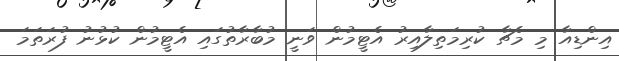
އިންޑިއާ މި މެޗާ ކުރިމަތިލާއިރު އެޓީމުން ވަނީ މުބާރާތުގައި އެޓީމުން ކުޅުނު ފުރަތަމަ